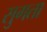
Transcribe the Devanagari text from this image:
सुगता